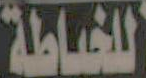
للخياطة